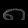
Digit: ၈